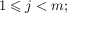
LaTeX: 1 \leqslant j < m ;